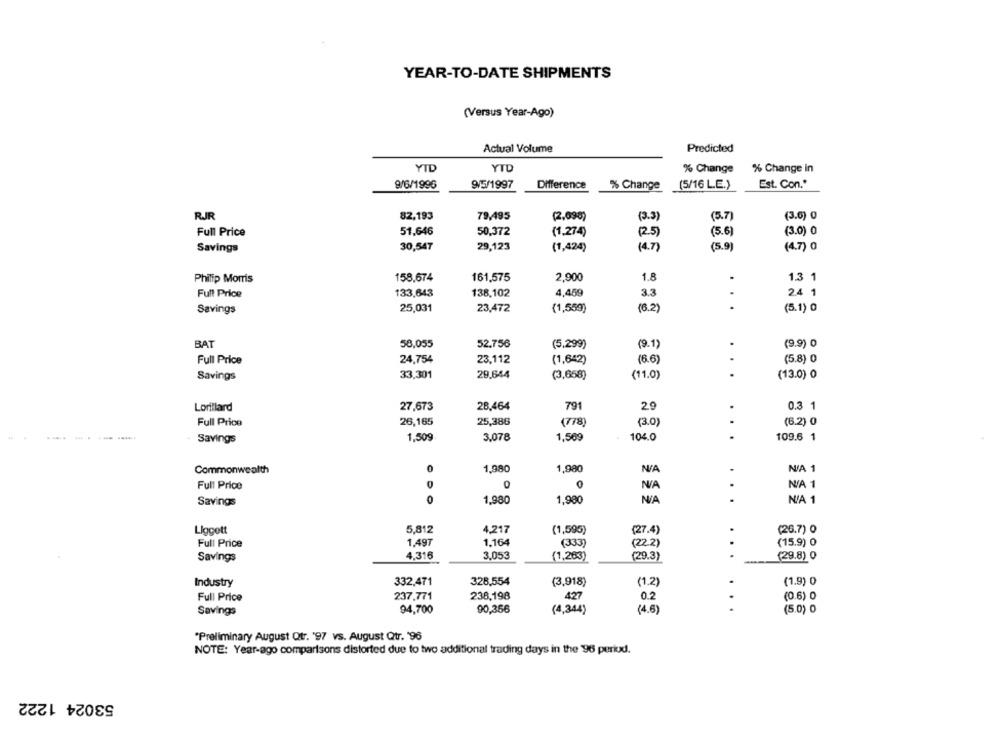
YEAR-TO-DATE SHIPMENTS
(Versus Year-Ago)
Actual Volume
Predicted
YID
YTD
% Change
% Change in
9/6/1996
9/5/1997
Difference
% Change
(5/16 L.E.)
Est. Con."
RJR
82,193
79,495
(5.7)
(3.6) 0
(2,098)
(3.3)
51,646
50,372
(3.0) 0
Full Price
(1,274)
(25)
(5.6)
Savings
30,54T
29,123
(1,424)
(4.7)
(5.9)
(4.7) 0
Philip Morris
158.674
161,575
2,900
1.8
.
1.3 1
Full Price
133,643
138.102
4,459
3.3
2.4 1
Savings
25,031
23,472
(1,559)
(6.2)
(5.1) 0
BAT
58,055
52.756
(5.299)
(9.1)
(9.9) 0
Full Price
24,754
23,112
(1,642)
(6.6)
(5.8) 0
Savings
33,301
29.644
(3,668)
(11.0)
...
(13.0) 0
Lorillard
27,673
28,464
791
29
0.3 1
Full Price
26,165
25,386
(78)
(3.0)
(6.2) 0
----
1,509
3,078
1,509
104.0
...
109.6 1
Savings
.
N/A 1
Commonwealth
0
1,980
1,980
Full Price
D
0
N/A 1
Savings
0
1,980
1,980
N/A 1
Llocett
5,812
4,217
(1,595)
(27.4)
(26.7) 0
1,497
1.164
Full Price
(333)
(22.2)
(15.9) 0
4.316
3.053
(1,263)
(29.3)
...
(29.8) 0
Savings
Industry
332,471
328,554
(3,918)
(1.2)
(1.9) 0
Full Price
237,771
238,198
427
0.2
(0.6) 0
. .
Savings
94,700
90,356
(4,344)
(4.6)
(5.0) 0
"Preliminary August Qtr. '97 vs. August Qtr. '96
NOTE: Year-ago comparisons distorted due to two additional trading days in the 96 period.
53024 1222